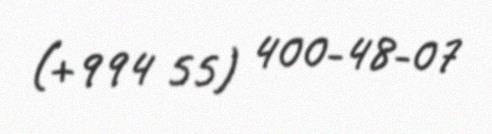
(+994 55) 400-48-07